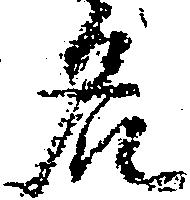
名